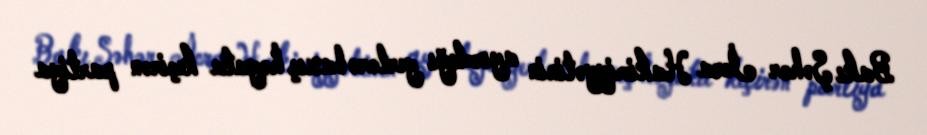
Bakı Şəhər İcra Hakimiyyətinin ayırdığı yerlərə baxış həyata keçirən partiya